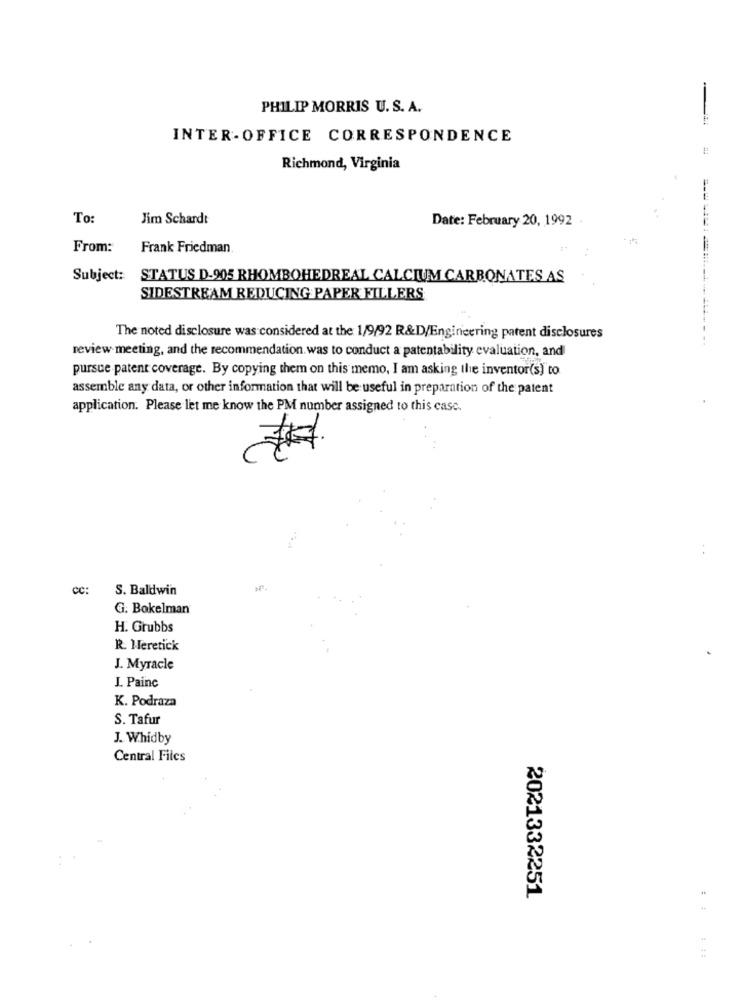
PHILIP MORRIS U. S. A.
-
INTER-OFFICE CORRESPONDENCE
Richmond, Virginia
To:
Jim Schardt
Date: February 20, 1992 .
From:
Frank Friedman.
Subject:
STATUS D-905 RHOMBOHEDREAL CALCIUM CARBONATES AS
SIDESTREAM REDUCING PAPER FILLERS
The noted disclosure was considered at the 1/9/92 R&D/Engineering patent disclosures
review meeting, and the recommendation. was to conduct a patentability evaluation, and
pursue patent coverage. By copying them on this memo, I am asking the inventor(s) to
assemble any data, or other information that will be useful in preparation of the patent
application. Please let me know the PM number assigned to this case.
CC:
S. Baldwin
G. Bokelman
H. Grubbs
R. Meretick
J. Myracle
J. Painc
K. Podraza
S. Tafur
J. Whidby
Central Files
2021332251